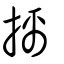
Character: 摛